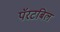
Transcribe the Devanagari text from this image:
पॅरटबिल